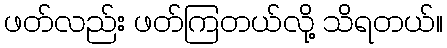
ဖတ်လည်း ဖတ်ကြတယ်လို့ သိရတယ်။